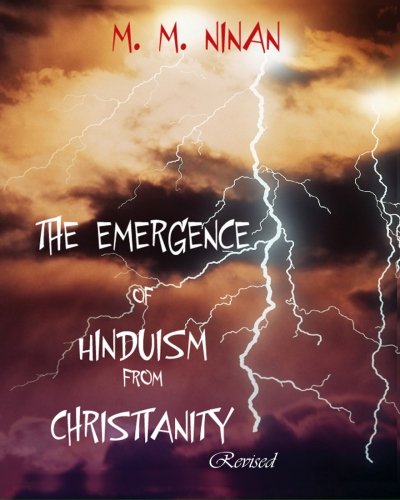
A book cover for The Emergence Of Hinduism From Christianity; M. M. Ninan; Religion & Spirituality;